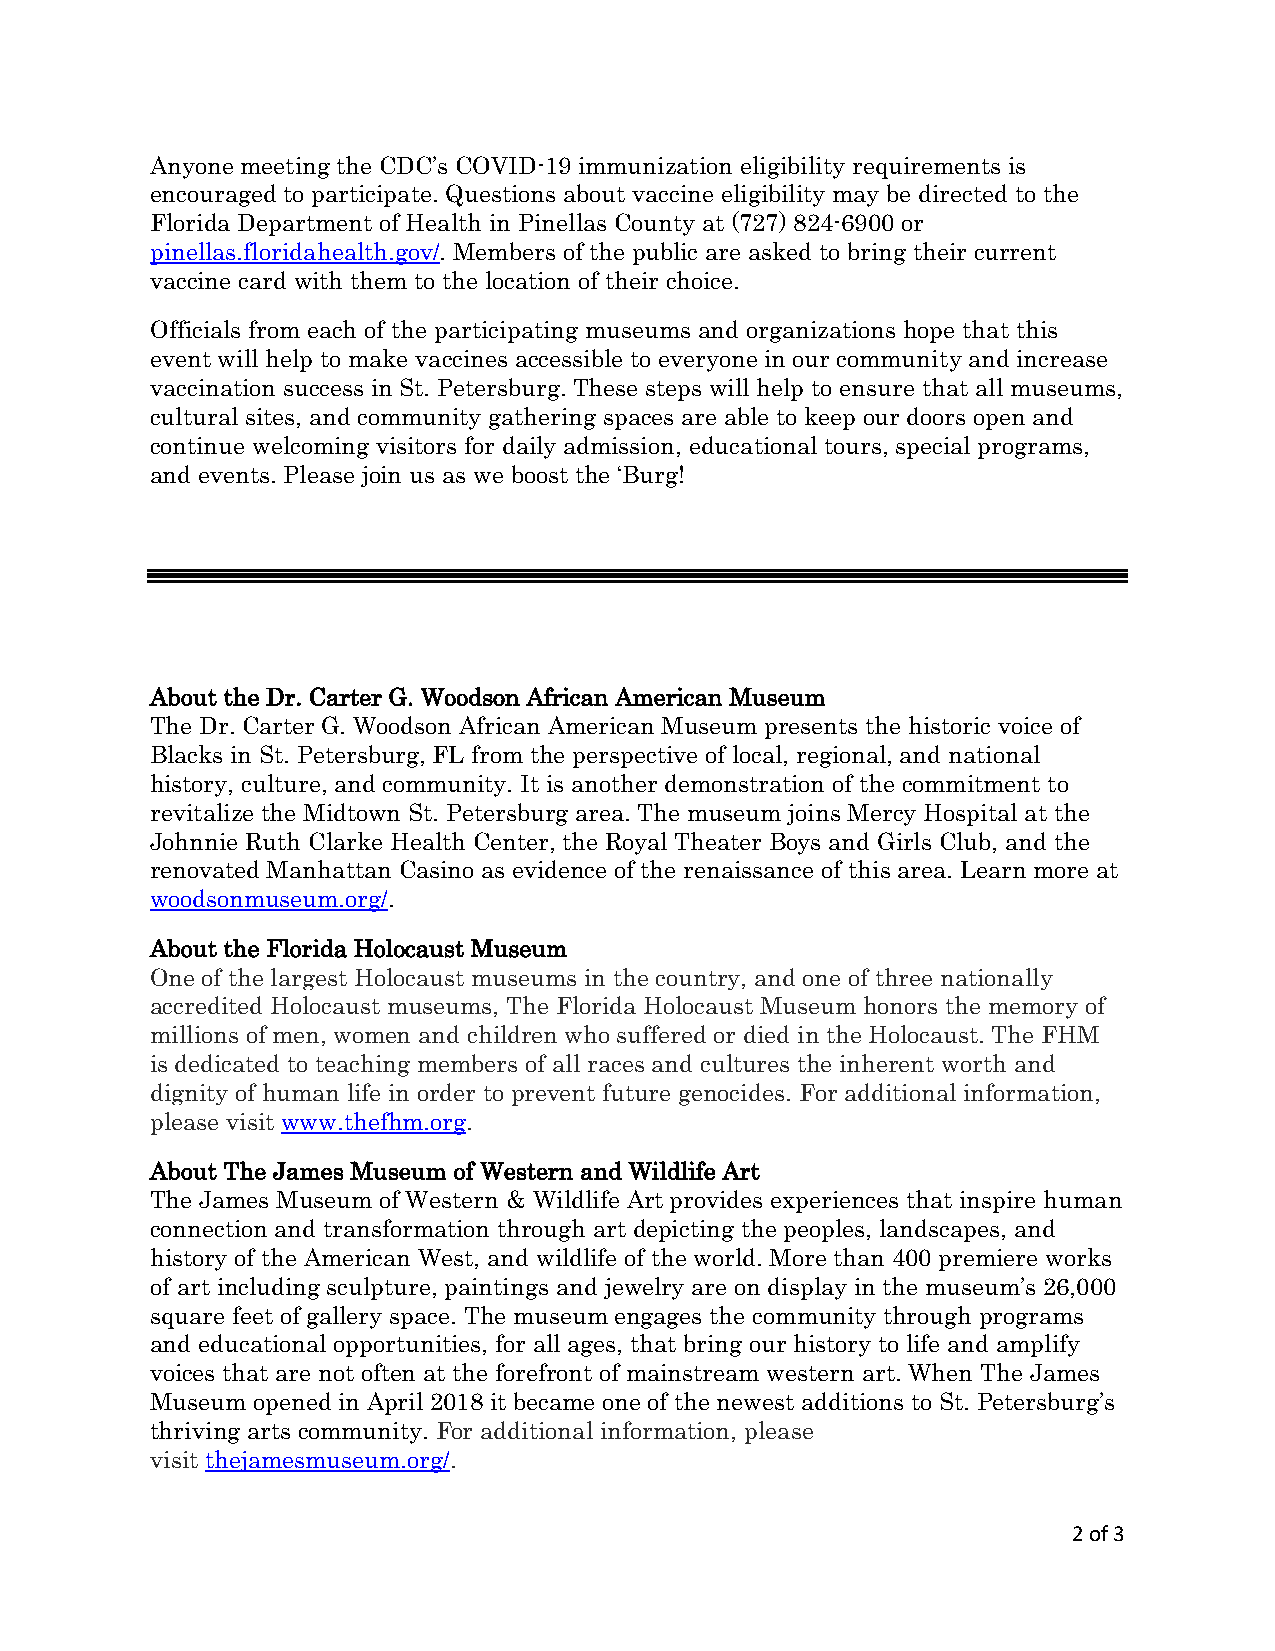
Anyone meeting the CDC’s COVID-19 immunization eligibility requirements is
 encouraged to participate. Questions about vaccine eligibility may be directed to the
 Florida Department of Health in Pinellas County at (727) 824-6900 or
 pinellas.floridahealth.gov/. Members of the public are asked to bring their current
 vaccine card with them to the location of their choice.
 Officials from each of the participating museums and organizations hope that this
 event will help to make vaccines accessible to everyone in our community and increase
 vaccination success in St. Petersburg. These steps will help to ensure that all museums,
 cultural sites, and community gathering spaces are able to keep our doors open and
 continue welcoming visitors for daily admission, educational tours, special programs,
 and events. Please join us as we boost the ‘Burg!
 About the Dr. Carter G. Woodson African American Museum
 The Dr. Carter G. Woodson African American Museum presents the historic voice of
 Blacks in St. Petersburg, FL from the perspective of local, regional, and national
 history, culture, and community. It is another demonstration of the commitment to
 revitalize the Midtown St. Petersburg area. The museum joins Mercy Hospital at the
 Johnnie Ruth Clarke Health Center, the Royal Theater Boys and Girls Club, and the
 renovated Manhattan Casino as evidence of the renaissance of this area. Learn more at
 woodsonmuseum.org/.
 About the Florida Holocaust Museum
 One of the largest Holocaust museums in the country, and one of three nationally
 accredited Holocaust museums, The Florida Holocaust Museum honors the memory of
 millions of men, women and children who suffered or died in the Holocaust. The FHM
 is dedicated to teaching members of all races and cultures the inherent worth and
 dignity of human life in order to prevent future genocides. For additional information,
 please visit www.thefhm.org.
 About The James Museum of Western and Wildlife Art
 The James Museum of Western & Wildlife Art provides experiences that inspire human
 connection and transformation through art depicting the peoples, landscapes, and
 history of the American West, and wildlife of the world. More than 400 premiere works
 of art including sculpture, paintings and jewelry are on display in the museum’s 26,000
 square feet of gallery space. The museum engages the community through programs
 and educational opportunities, for all ages, that bring our history to life and amplify
 voices that are not often at the forefront of mainstream western art. When The James
 Museum opened in April 2018 it became one of the newest additions to St. Petersburg’s
 thriving arts community. For additional information, please
 visit thejamesmuseum.org/.
 2 of 3